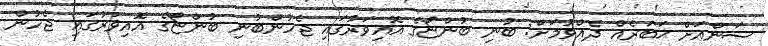
ސަންއަށް ޚަބަރެއް ދެއްވުމަށް: ބުނި ބުންޏޯގެ އޮއިވަރުގައި ޖެހުންބުނި ބުންޏޯގެ އޮއިވަރުގައި ޖެހުން